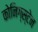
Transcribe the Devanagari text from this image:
कोनिग्स्टेन